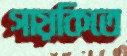
গায়কিতে